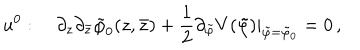
u ^ { 0 } : \quad \partial _ { z } \partial _ { \bar { z } } \tilde { \varphi } _ { 0 } ( z , \bar { z } ) + \frac { 1 } { 2 } \partial _ { \tilde { \varphi } } V ( \tilde { \varphi } ) | _ { \tilde { \varphi } = \tilde { \varphi } _ { 0 } } = 0 \, ,